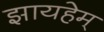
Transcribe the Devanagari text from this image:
झायहेम्